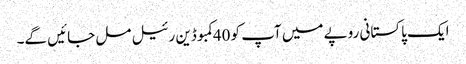
ایک پاکستانی روپے میں آپ کو 40کمبوڈین رئیل مل جائیں گے۔